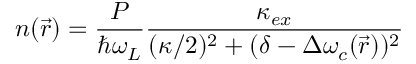
n ( \vec { r } ) = \frac { P } { \hbar \omega _ { L } } \frac { \kappa _ { e x } } { ( \kappa / 2 ) ^ { 2 } + ( \delta - \Delta \omega _ { c } ( \vec { r } ) ) ^ { 2 } }